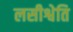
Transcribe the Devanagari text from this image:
लसीश्वेति